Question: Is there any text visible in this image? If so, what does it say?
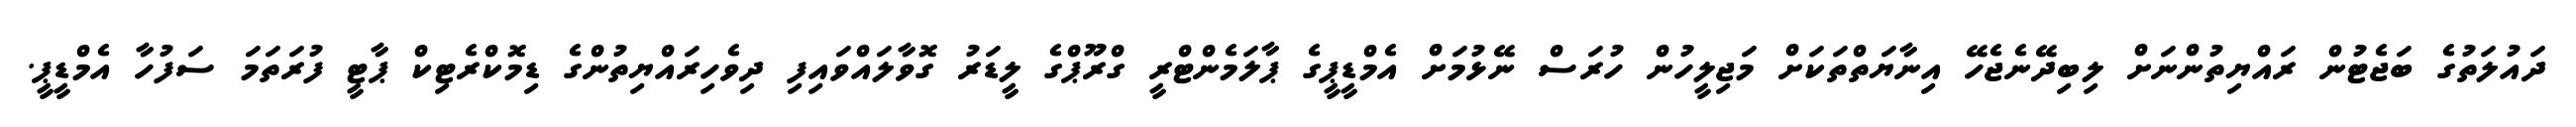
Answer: ދައުލަތުގެ ބަޖެޓުން ރައްޔިތުންނަށް ލިބިދޭނެޖެހޭ އިނާޔަތްތަކަށް މަޖިލީހުން ހުރަސް ނޭޅުމަށް އެމްޑީޕީގެ ޕާލަމެންޓްރީ ގްރޫޕްގެ ލީޑަރު ގޮވާލައްވައިފި ދިވެހިރައްޔިތުންގެ ޑިމޮކްރެޓިކް ޕާޓީ ފުރަތަމަ ސަފުހާ އެމްޑީޕީ.